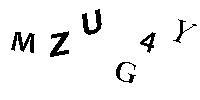
MZUG4Y